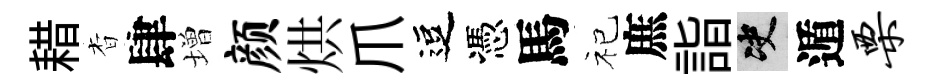
耤杳肆増颜烘爪逗憑馬祀庶詣决遁栗